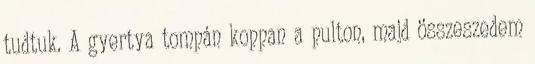
tudtuk. A gyertya tompán koppan a pulton, majd összeszedem